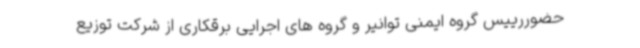
حضوررییس گروه ایمنی توانیر و گروه های اجرایی برقکاری از شرکت توزیع